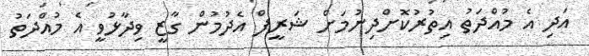
އަދި އެ މުއްދަތު އިތުރުކޮށްދިނުމަށް ޝަރީފް އެދުމުން ގާޒީ ވިދާޅުވީ އެ މުއްދަތު